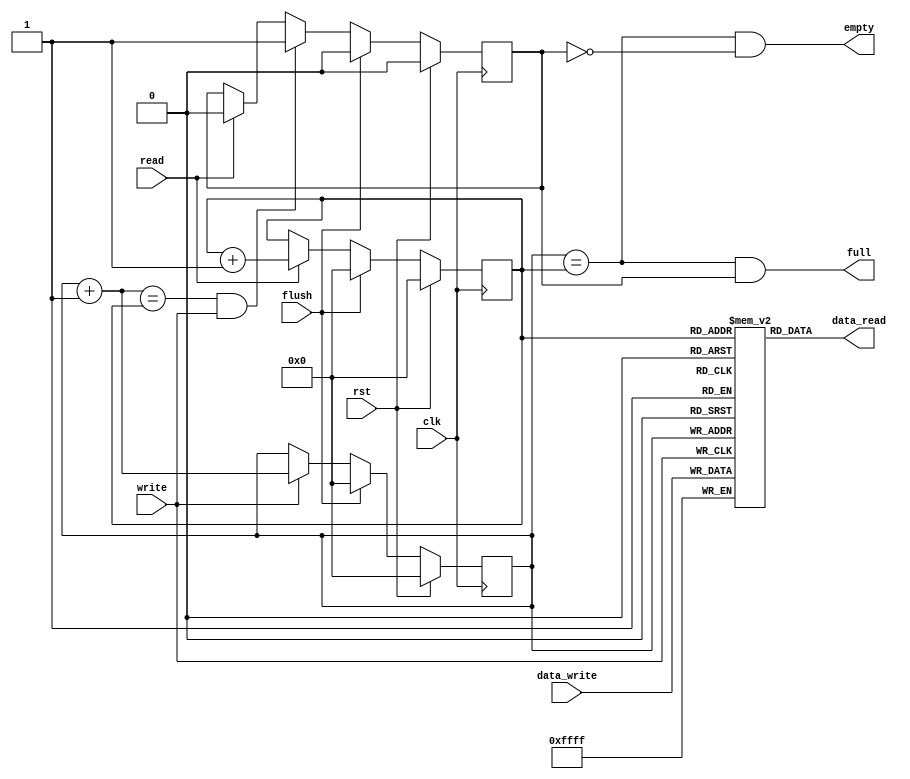
//                              -*- Mode: Verilog -*-
// Description     : ADXL362 512 element FIFO
// Last Modified By: Philip Tracton
// Update Count    : 0
// Status          : Unknown, Use with caution!

module adxl362_fifo (/*AUTOARG*/
   // Outputs
   data_read, full, empty,
   // Inputs
   data_write, clk, rst, flush, read, write
   ) ;
   parameter WIDTH = 16;
   parameter DEPTH = 512;
   parameter INDEX_WIDTH = $clog2(DEPTH);

   output wire [WIDTH-1:0] data_read;
   output wire             full;
   output wire             empty;
   
   input wire [WIDTH-1:0]  data_write;
   input wire              clk;
   input wire              rst;
   input wire              flush;
   input wire              read;
   input wire              write;   
   
   

   //
   // This is the memory that holds the data
   //
   reg [WIDTH-1:0]         fifo [0:DEPTH-1];

   //
   // Pointer of where to read from the fifo memory
   //
   reg [INDEX_WIDTH-1:0]   read_ptr;
   wire [INDEX_WIDTH-1:0]  read_ptr1;

   //
   // Pointer to where to write to the fifo memory
   //    
   reg [INDEX_WIDTH-1:0]   write_ptr;
   wire [INDEX_WIDTH-1:0]  write_ptr1;

   //
   // Guarding bit for the empty/full wrap around situation
   //
   reg                     guard;

   //
   // On reset or flush, put the write pointer back to 0
   // On a write register the pointer's next address
   //
   always @(posedge clk)
     if (rst) begin
        write_ptr <= 0;        
     end else if (flush) begin
        write_ptr <= 0;        
     end else if (write) begin
        write_ptr <= write_ptr1;        
     end

   //
   // On a write this becomes the new write ptr
   //
   assign write_ptr1 = write_ptr + 1;

   //
   // Store data in the FIFO
   //
   always @(posedge write)
     if (write) begin
        fifo[write_ptr] <= data_write;        
     end
   
   //
   // On reset or flush, put the write pointer back to 0
   // On a read register the pointer's next address
   //
   always @(posedge clk)
     if (rst) begin
        read_ptr <= 0;        
     end else if (flush) begin
        read_ptr <= 0;        
     end else if (read) begin
        read_ptr <= read_ptr1;        
     end

   //
   // Pointer to the next read location
   //
   assign read_ptr1 = read_ptr + 1;

   //
   // Always present the latest data to be read by the next block
   //
   assign data_read = fifo[read_ptr];

   //
   // Guard Bit Logic
   //
   always @(posedge clk)
     if (rst) begin
        guard <= 0;        
     end else if (flush) begin
        guard <= 0;        
     end else if ((write_ptr1 == read_ptr) && write) begin
        guard <= 1;        
     end else if (read) begin
        guard <= 0;        
     end

   //
   // Read the last element and we are now empty
   //
   assign empty = (write_ptr == read_ptr) & !guard;

   //
   // Wrote the last available location, now full
   //
   assign full = (write_ptr == read_ptr) & guard;
   
endmodule // adxl362_fifo